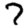
Digit: 7